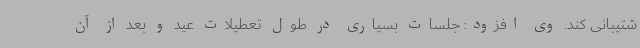
شتیبانی کند. وی افزود: جلسات بسیاری در طول تعطیلات عید و بعد از آن